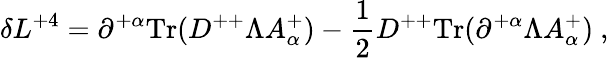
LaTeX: \delta L^{+4}=\partial^{+\alpha}\mathrm{Tr}(D^{++}\Lambda A_{\alpha}^{+})-{\frac{1}{2}}D^{++}\mathrm{Tr}(\partial^{+\alpha}\Lambda A_{\alpha}^{+})\ ,